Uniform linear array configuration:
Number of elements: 8
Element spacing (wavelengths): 1
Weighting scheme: exponential
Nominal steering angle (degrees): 45
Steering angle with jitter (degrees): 46.919
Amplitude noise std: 0.05
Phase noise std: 0.05

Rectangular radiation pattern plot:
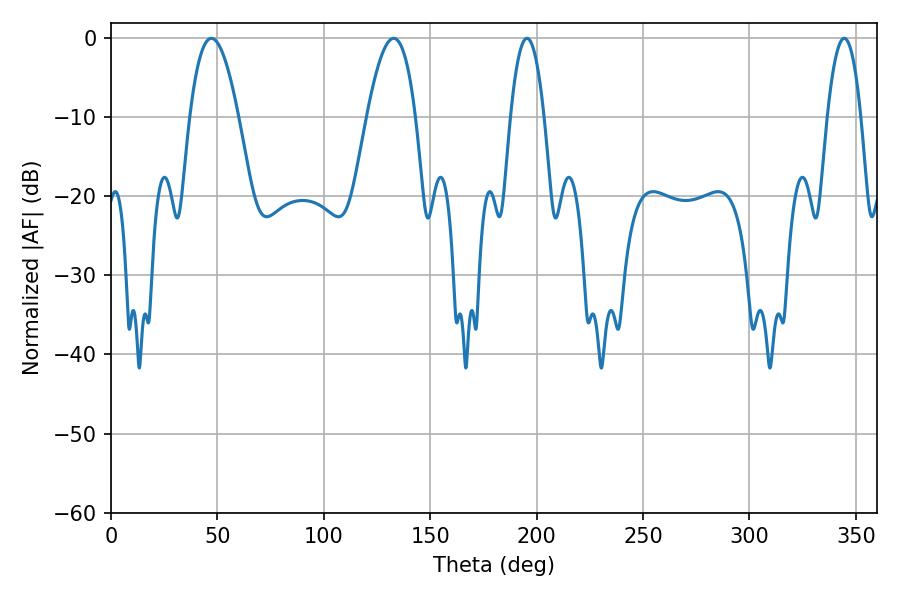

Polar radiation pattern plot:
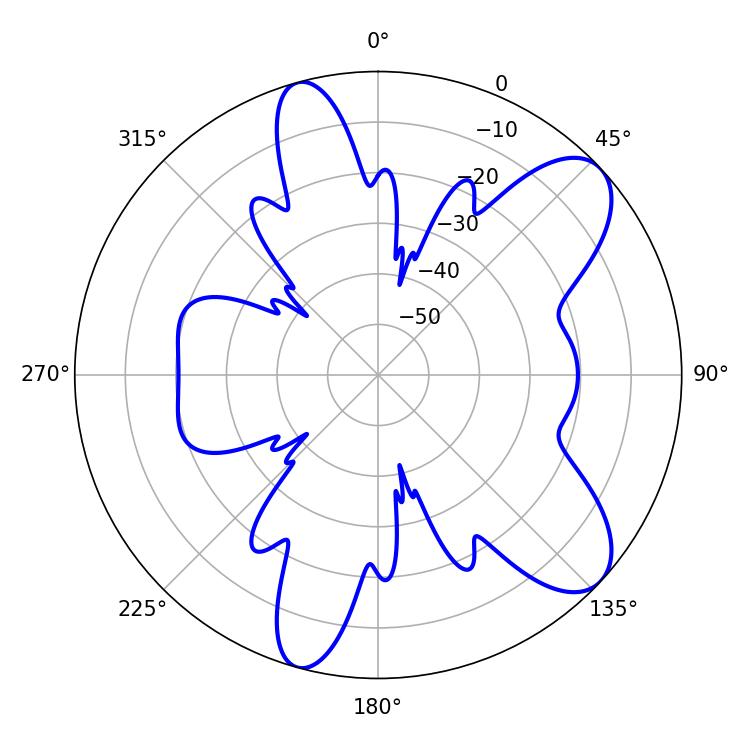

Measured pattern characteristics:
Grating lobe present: TRUE
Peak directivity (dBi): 8.889
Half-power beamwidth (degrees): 12.6
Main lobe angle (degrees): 132.84